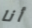
أنا